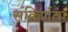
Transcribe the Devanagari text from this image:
संकिर्णता